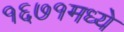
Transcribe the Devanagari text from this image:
१६७१मध्ये